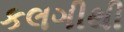
કલગીથી